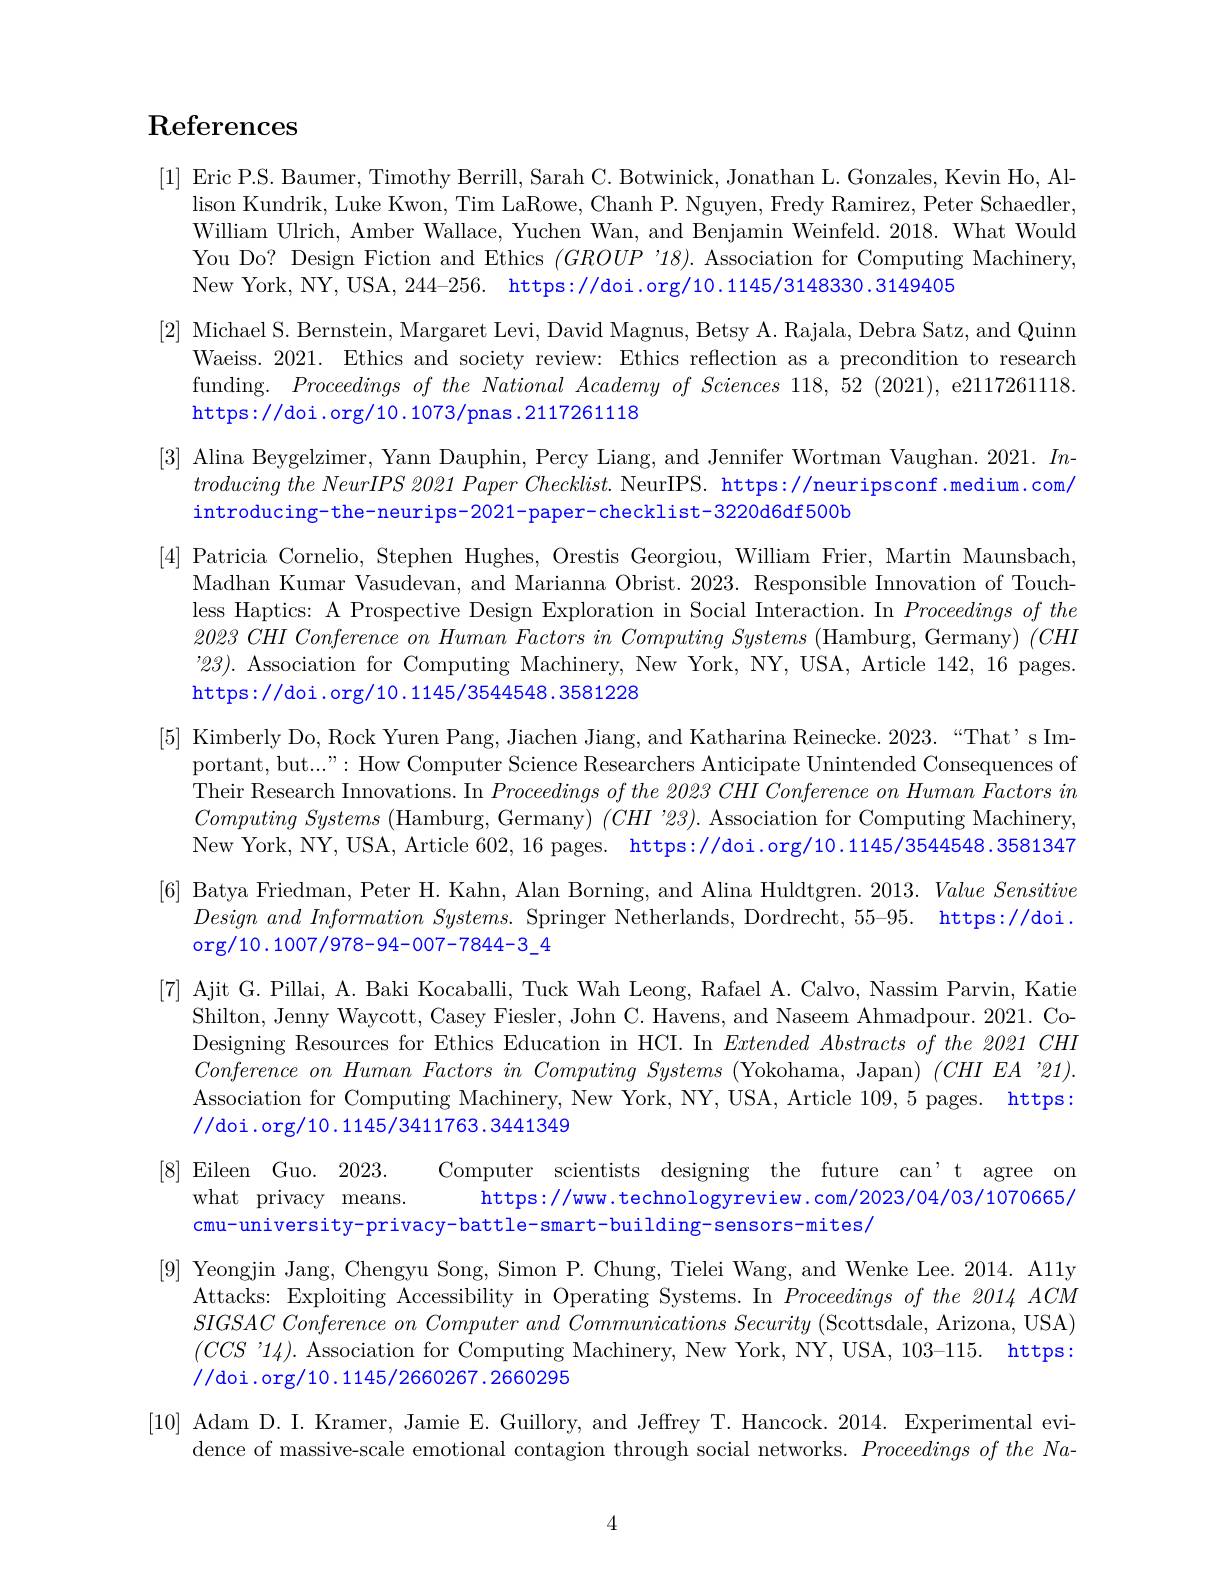
## $\operatorname{References}$

[1] Eric P.S. Baumer, Timothy Berrill, Sarah C. Botwinick, Jonathan L. Gonzales, Kevin Ho, Al-
lison Kundrik, Luke Kwon, Tim LaRowe, Chanh P. Nguyen, Fredy Ramirez, Peter Schaedler, William Ulrich, Amber Wallace, Yuchen Wan, and Benjamin Weinfeld. 2018. What Would You Do? Design Fiction and Ethics $(GROUP$ '18).Association for Computing Machinery, New York, NY, USA, 244-256. https://doi.org/10.1145/3148330.3149405
[2] Michael S. Bernstein, Margaret Levi, David Magnus, Betsy A. Rajala, Debra Satz, and Quinn
Waeiss. 2021. Ethics and society review: Ethics reflection as a precondition to research funding. $Proceedingsofthe\textit{National Academy of Sciences 118, 52 ( 2021) , e2117261118. }$ https://doi.org/10.1073/pnas.2117261118
[3] Alina Beygelzimer, Yann Dauphin, Percy Liang, and Jennifer Wortman Vaughan. 2021. $In-$
$troducing\textit{ the NeurIPS 2021 Paper Checklist. NeurIPS. https: / / neuripsconf. medium. com/ }$
introducing-the-neurips-2021-paper-checklist-3220d6df500b
[4] Patricia Cornelio, Stephen Hughes, Orestis Georgiou, William Frier, Martin Maunsbach,
Madhan Kumar Vasudevan, and Marianna Obrist. 2023. Responsible Innovation of Touchless Haptics: A Prospective Design Exploration in Social Interaction. In Proceedingsofthe $2023CHIConferenceonHumanFactorsinComputingSystems$ (Hamburg, Germany) $(CHI$ '23). Association for Computing Machinery, New York, NY, USA, Article 142,16 pages. https://doi.org/10.1145/3544548.3581228
[5] Kimberly Do, Rock Yuren Pang, Jiachen Jiang, and Katharina Reinecke. 2023.“That’sIm-
portant, but...": How Computer Science Researchers Anticipate Unintended Consequences of Their Research Innovations. In $Proceedingsofthe\textit{ 2023 CHI Conference on Human Factors in}$ $Computing~Systems~($Hamburg, Germany) $(CHI^{\prime}23).$ Association for Computing Machinery, New York, NY, USA, Article 602,16 pages. https://doi.org/10.1145/3544548.3581347
[6] Batya Friedman, Peter H. Kahn, Alan Borning, and Alina Huldtgren. 2013. Value Sensitive
$Designand\textit{ Information Systems. Springer Netherlands, Dordrecht, 55- 95. }$ https://doi
org/ 10. 1007/ 978- 94- 007- 7844- 3
[7] Ajit G. Pillai, A. Baki Kocaballi, Tuck Wah Leong, Rafael A. Calvo, Nassim Parvin, Katie
Shilton, Jenny Waycott, Casey Fiesler, John C. Havens, and Naseem Ahmadpour. 2021. CoDesigning Resources for Ethics Education in HCI. In $ExtendedAbstracts\textit{of the 2021 CHI}$ ConferenceonHumanFactorsinComputingSystems (Yokohama, Japan) $(CHIEA$ "21). Association for Computing Machinery, New York, NY, USA, Article 109,5 pages. https: //doi.org/10.1145/3411763.3441349
[8] Eileen Guo. 2023. Computer scientists designing the future can't agree on
what privacy means.
https://www.technologyreview.com/2023/04/03/1070665/
cmu-university-privacy-battle-smart-building-sensors-mites/
[9] Yeongjin Jang, Chengyu Song, Simon P. Chung, Tielei Wang, and Wenke Lee. 2014. A11y
Attacks: Exploiting Accessibility in Operating Systems. In $Proceedings\textit{of the 2014 ACM}$ $SIGSAC\textit{ Conference on Computer and Communications Security ( Scottsdale, Arizona, USA) }$ $(CCS$ '14). Association for Computing Machinery, New York, NY, USA, 103-115. https: //doi.org/10.1145/2660267.2660295
[10] Adam D. I. Kramer, Jamie E. Guillory, and Jeffrey T. Hancock. 2014. Experimental evi-
dence of massive-scale emotional contagion through social networks. $Proceedings\textit{of the Na-  of massive- scale emotional contagion through social networks.  Proceedings of the Na- 1 proceedings of the Ma- 1 prontiong the Mar proug the pront proug social netw}$
4